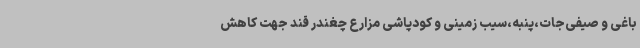
باغی و صیفی‌جات،پنبه،سیب زمینی و کودپاشی مزارع چغندر قند جهت کاهش